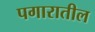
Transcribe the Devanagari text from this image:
पगारातील